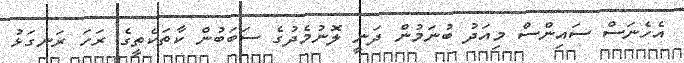
އެހެނަސް ސައިންސް މިއަދު ބުނަމުން ދަނީ ލޮނުމެދުގެ ސަބަބުން ކާތަކެތީގެ ރަހަ ރަނގަޅު